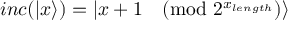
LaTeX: i n c ( | x \rangle ) = | x + 1 { \pmod { 2 ^ { x _ { l e n g t h } } } } \rangle